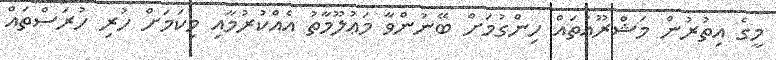
މީގެ އިތުރުން މަޝްރޫޢުތައް ހިންގުމަށް ބޭނުންވާ މަޢުލޫމާތު އެއްކުރުމާއި މިކަމަށް ހުރި ހުރަސްތައް